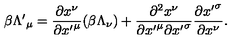
\beta { \Lambda ^ { \prime } } _ { \mu } = \frac { \partial x ^ { \nu } } { \partial { x ^ { \prime } } ^ { \mu } } ( \beta \Lambda _ { \nu } ) + \frac { \partial ^ { 2 } x ^ { \nu } } { { \partial { x ^ { \prime } } ^ { \mu } } { \partial { x ^ { \prime } } ^ { \sigma } } } \frac { \partial { x ^ { \prime } } ^ { \sigma } } { \partial x ^ { \nu } } .